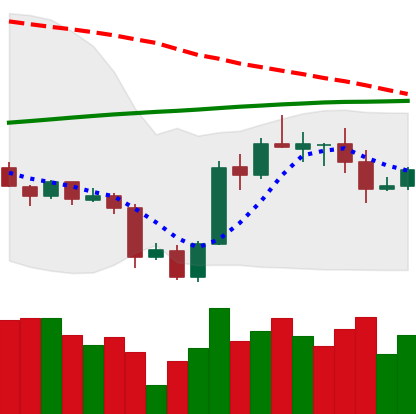
Ticker: ADA-USD
Chart end date: 2020-10-04
Forward return: 5.788%
Label: up_5_7